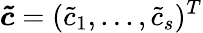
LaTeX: \boldsymbol{\tilde{c}}=(\tilde{c}_{1},...,\tilde{c}_{s})^{T}